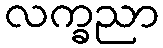
လက္ခညာ